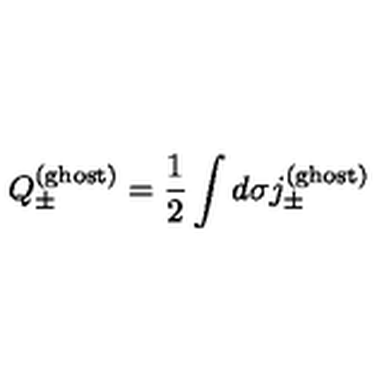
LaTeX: Q _ { \pm } ^ { ( \mathrm { g h o s t ) } } = \frac 1 2 \int d \sigma j _ { \pm } ^ { ( \mathrm { g h o s t ) } }